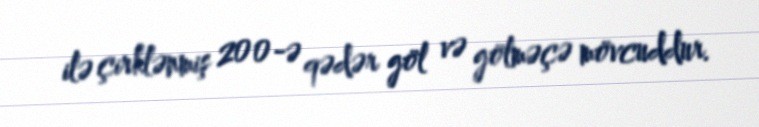
ilə çirklənmiş 200-ə qədər göl və gölməçə mövcuddur.